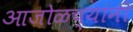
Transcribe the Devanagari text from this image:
आजोळच्यांनी